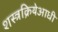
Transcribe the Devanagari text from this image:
शस्त्रक्रियेआधी